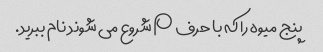
پنج میوه را که با حرف P شروع می شوند نام ببرید.